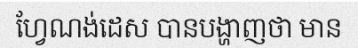
ហ្វែណង់ដេស បានបង្ហាញថា មាន